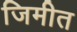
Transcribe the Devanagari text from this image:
जिमीत